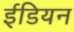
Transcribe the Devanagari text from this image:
ईडियन